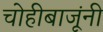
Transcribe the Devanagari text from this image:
चोहीबाजूंनी